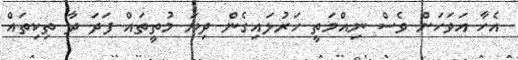
އެހާ އަވަހަށް ވެސް ނިއްމަތީ ހަރުލައިގެން ދިޔަ މުތީތައް ފަދަ ދާ ތިކިތައް